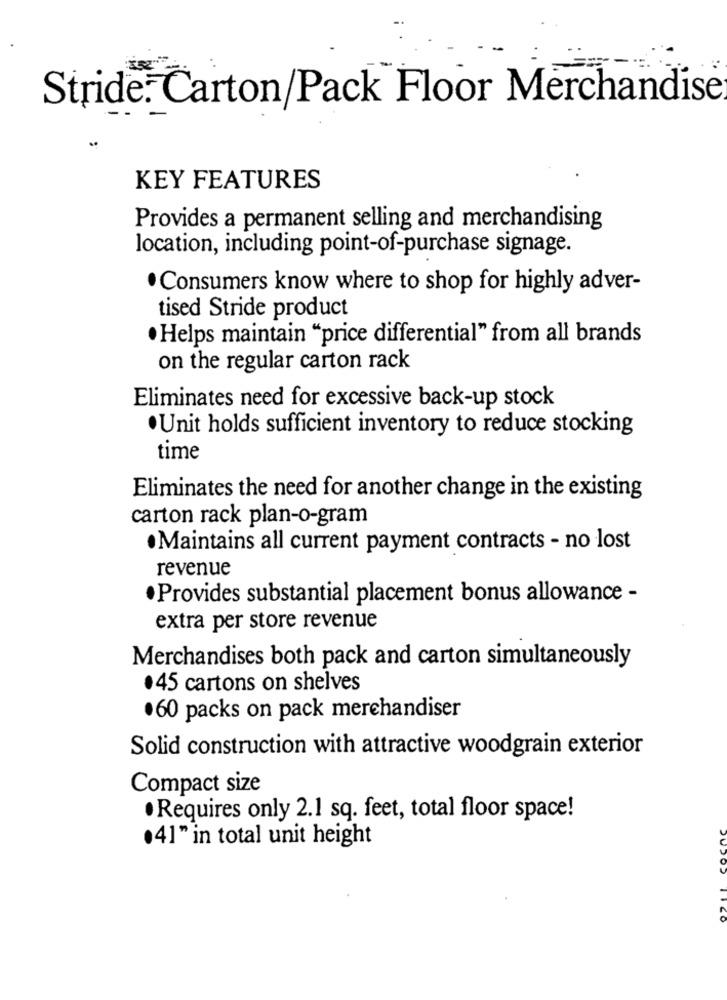
Stride: Carton/Pack Floor Merchandise
KEY FEATURES
Provides a permanent selling and merchandising
location, including point-of-purchase signage.
· Consumers know where to shop for highly adver-
tised Stride product
· Helps maintain "price differential" from all brands
on the regular carton rack
Eliminates need for excessive back-up stock
·Unit holds sufficient inventory to reduce stocking
time
Eliminates the need for another change in the existing
carton rack plan-o-gram
· Maintains all current payment contracts - no lost
revenue
· Provides substantial placement bonus allowance -
extra per store revenue
Merchandises both pack and carton simultaneously
·45 cartons on shelves
·60 packs on pack merchandiser
Solid construction with attractive woodgrain exterior
Compact size
· Requires only 2.1 sq. feet, total floor space!
·41" in total unit height